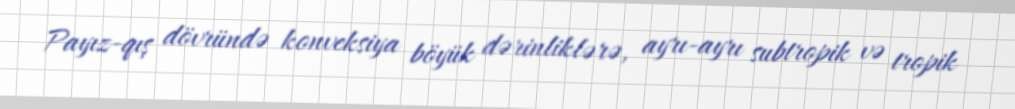
Payız-qış dövründə konveksiya böyük dərinliklərə, ayrı-ayrı subtropik və tropik